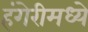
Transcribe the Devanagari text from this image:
हंगेरीमध्ये